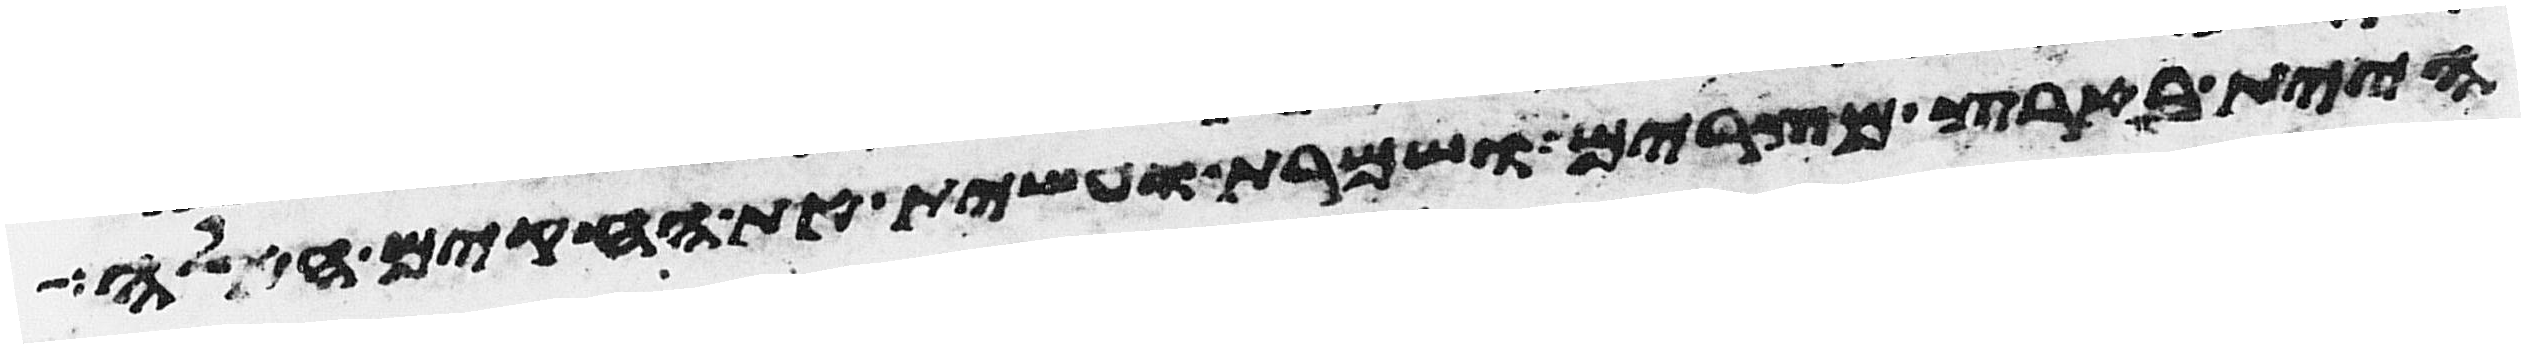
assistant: היית בארץ מצרים ושמרת ועשית את החקים האלה